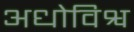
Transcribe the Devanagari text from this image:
अधोविश्व